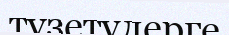
түзетулерге